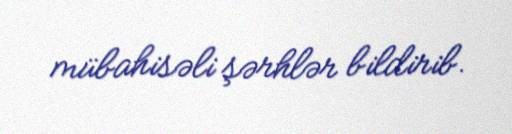
mübahisəli şərhlər bildirib.